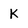
Character: k